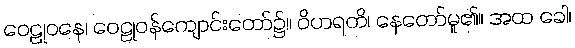
ဝေဠုဝနေ၊ ဝေဠုဝန်ကျောင်းတော်၌။ ဝိဟရတိ၊ နေတော်မူ၏။ အထ ခေါ၊